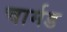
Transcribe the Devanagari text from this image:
चार्मड